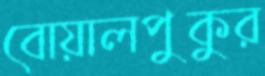
বোয়ালপুকুর